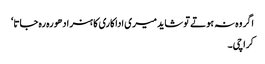
اگر وہ نہ ہوتے تو شاید میری اداکاری کا ہنر ادھورہ رہ جاتا‘
کراچی۔